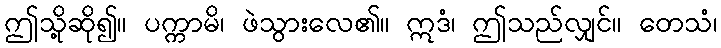
ဤသို့ဆို၍။ ပက္ကာမိ၊ ဖဲသွားလေ၏။ ဣဒံ၊ ဤသည်လျှင်။ တေသံ၊